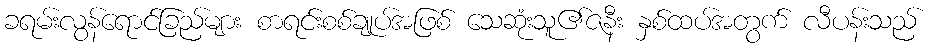
ခရမ်းလွန်ရောင်ခြည်များ စာရင်းစစ်ချုပ်အဖြစ် သေဆုံးသူ၏ဇနီး နှစ်ထပ်အတွက် လီပန်းသည်